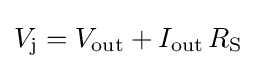
V_{\text{j}}=V_{\text{out}}+I_{\text{out}}\,R_{\text{S}}